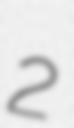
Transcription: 2